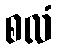
စလံ